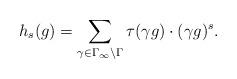
LaTeX: \begin{align*}h_s(g) = \sum_{\gamma\in \Gamma_\infty\backslash \Gamma}\tau(\gamma g)\cdot(\gamma g)^s. \end{align*}